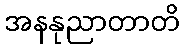
အနနုညာတာတိ